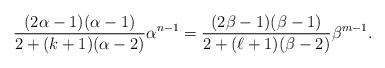
LaTeX: \begin{align*}\frac{(2\alpha-1)(\alpha-1)}{2+(k+1)(\alpha-2)}\alpha^{n-1}=\frac{(2\beta-1)(\beta-1)}{2+(\ell+1)(\beta-2)}\beta^{m-1}.\end{align*}